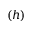
( h )